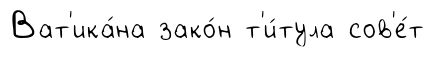
Ват'ика́на зако́н т'и́тула сов'е́т